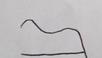
Signature authenticity: forged